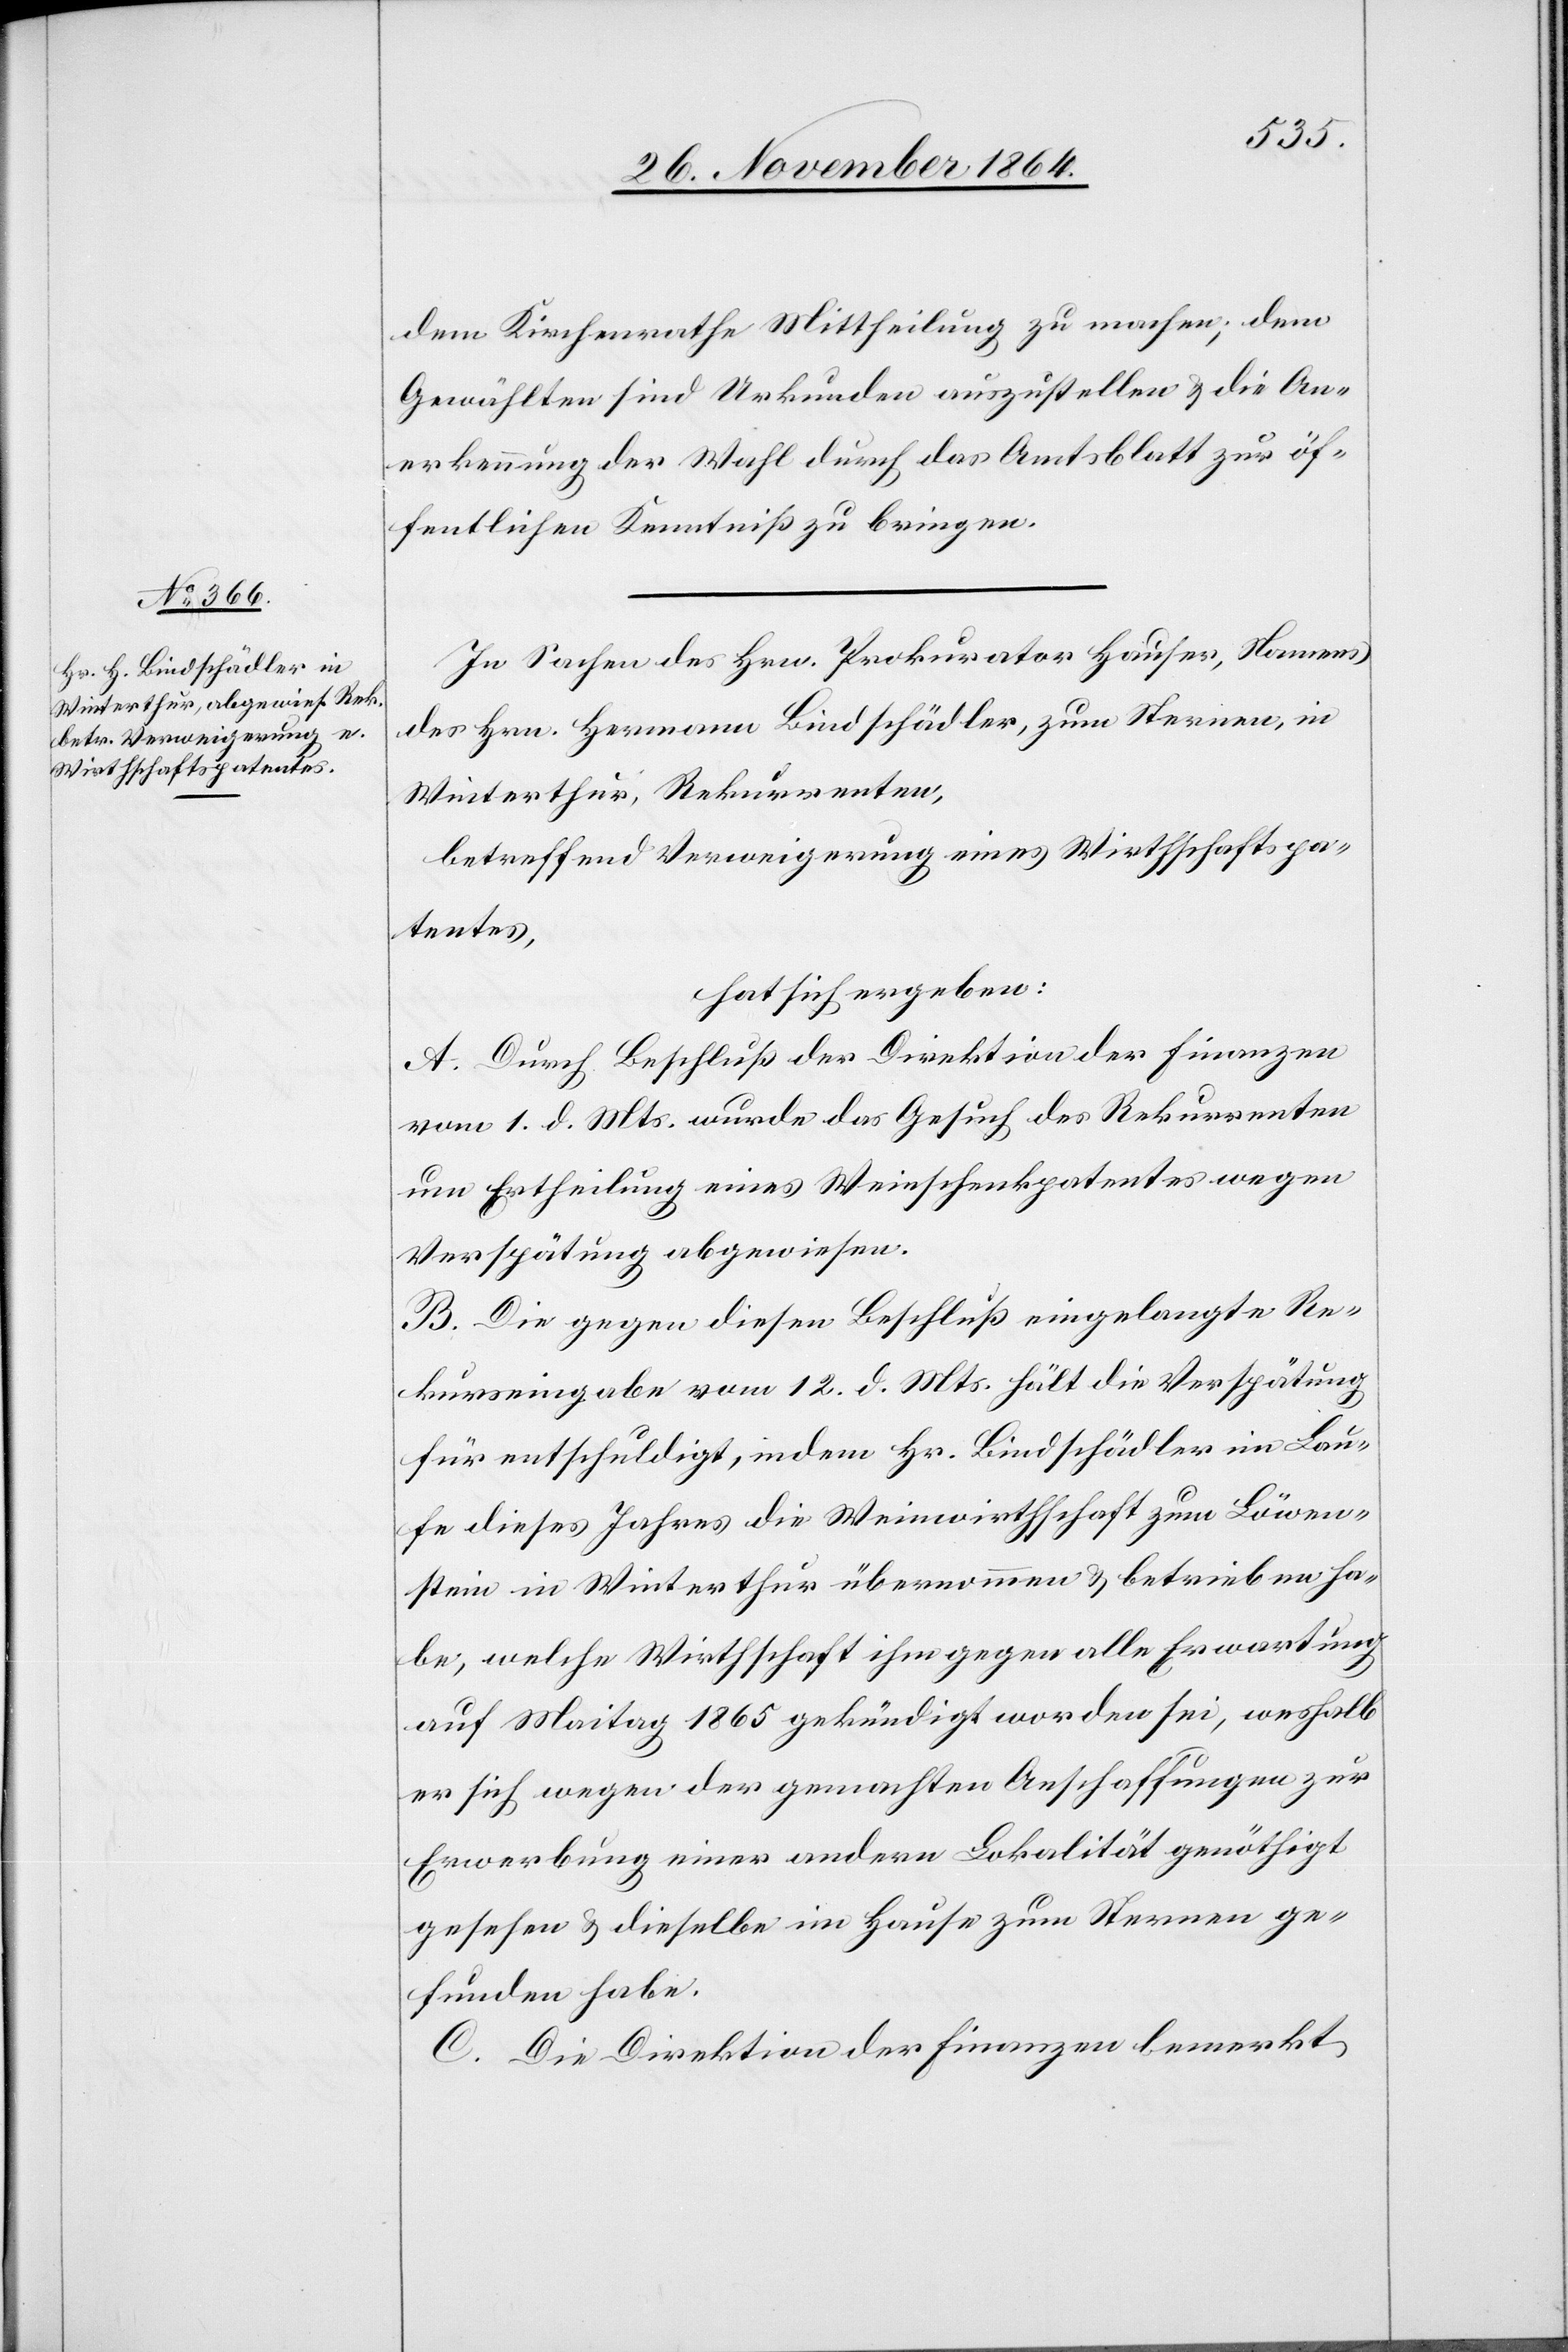
dem Kirchenrathe Mittheilung zu machen; dem
Gewählten sind Urkunden auszustellen & die An¬
erkennung der Wahl durch das Amtsblatt zur öf¬
fentlichen Kenntniß zu bringen.
In Sachen des Hrn. Prokurator Hauser, Namens
des Hrn. Hermann Bindschädler, zum Sternen, in
Winterthur, Rekurrenten,
betreffend Verweigerung eines Wirthschaftspa¬
tentes,
hat sich ergeben:
A. Durch Beschluß der Direktion der Finanzen
vom 1. d. Mts. wurde das Gesuch des Rekurrenten
um Ertheilung eines Weinschenkpatentes wegen
Verspätung abgewiesen.
B. Die gegen diesen Beschluß eingelegte Re¬
kurseingabe vom 12. di. Mts. hält die Verspätung
für entschuldigt, indem Hr. Bindschädler im Lau¬
fe dieses Jahres die Weinwirthschaft zum Löwen¬
stein in Winterthur übernommen & betrieben ha¬
be, welche Wirthschaft ihm gegen alle Erwartung
auf Maitag 1865 gekündigt worden sei, weshalb
er sich wegen der gemachten Anschaffungen zur
Erwerbung einer andern Lokalität genöthigt
gesehen & dieselbe im Hause zum Sternen ge¬
funden habe.
C. Die Direktion der Finanzen bemerkt